Plague in India, 1896, 1897 - Volume 3
Year: 1896
Disease focus: Plague
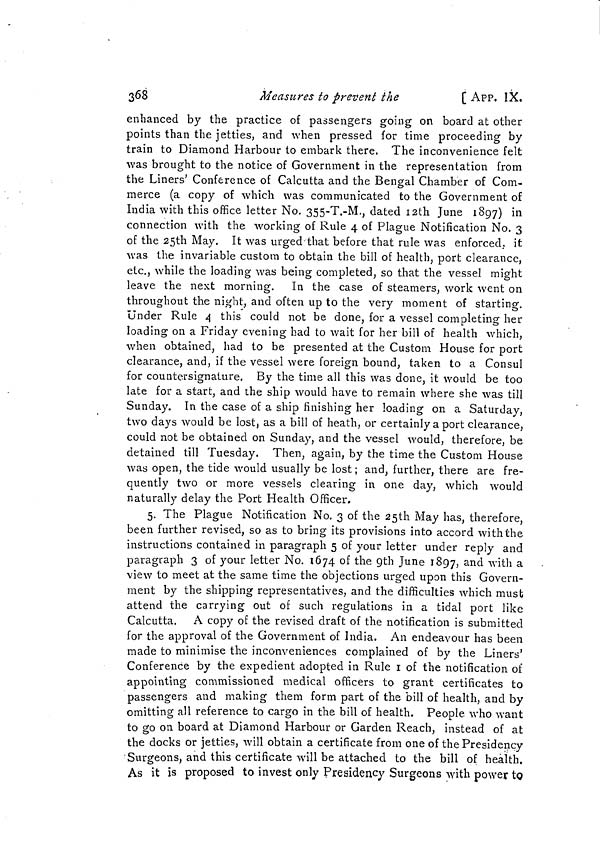
368
Measures to prevent the
[ APP. IX.
enhanced by the practice of passengers going on board at other
points than the jetties, and when pressed for time proceeding by
train to Diamond Harbour to embark there. The inconvenience felt
was brought to the notice of Government in the representation from
the Liners' Conference of Calcutta and the Bengal Chamber of Com-
merce (a copy of which was communicated to the Government of
India with this office letter No. 355-T.-M., dated 12th June 1897) in
connection with the working of Rule 4 of Plague Notification No. 3
of the 25th May. It was urged that before that rule was enforced, it
was the invariable custom to obtain the bill of health, port clearance,
etc., while the loading was being completed, so that the vessel might
leave the next morning. In the case of steamers, work went on
throughout the night, and often up to the very moment of starting.
Under Rule 4 this could not be done, for a vessel completing her
loading on a Friday evening had to wait for her bill of health which,
when obtained, had to be presented at the Custom House for port
clearance, and, if the vessel were foreign bound, taken to a Consul
for countersignature. By the time all this was done, it would be too
late for a start, and the ship would have to remain where she was till
Sunday. In the case of a ship finishing her loading on a Saturday,
two days would be lost, as a bill of heath, or certainly a port clearance,
could not be obtained on Sunday, and the vessel would, therefore, be
detained till Tuesday. Then, again, by the time the Custom House
was open, the tide would usually be lost ; and, further, there are fre-
quently two or more vessels clearing in one day, which would
naturally delay the Port Health Officer,
5. The Plague Notification No. 3 of the 25th May has, therefore,
been further revised, so as to bring its provisions into accord with the
instructions contained in paragraph 5 of your letter under reply and
paragraph 3 of your letter No. 1674 of the 9th June 1897, and with a
view to meet at the same time the objections urged upon this Govern-
ment by the shipping representatives, and the difficulties which must
attend the carrying out of such regulations in a tidal port like
Calcutta. A copy of the revised draft of the notification is submitted
for the approval of the Government of India. An endeavour has been
made to minimise the inconveniences complained of by the Liners'
Conference by the expedient adopted in Rule 1 of the notification of
appointing commissioned medical officers to grant certificates to
passengers and making them form part of the bill of health, and by
omitting all reference to cargo in the bill of health. People who want
to go on board at Diamond Harbour or Garden Reach, instead of at
the docks or jetties, will obtain a certificate from one of the Presidency
Surgeons, and this certificate will be attached to the bill of health.
As it is proposed to invest only Presidency Surgeons with power to